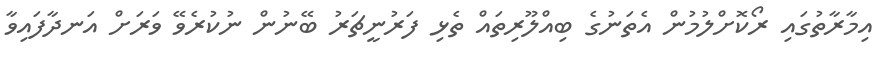
އިމާރާތުގައި ރޯކޮށްލުމުން އެތަނުގެ ބިއްލޫރިތައް ތެޅި ފަރުނީޗަރު ބޭނުން ނުކުރެވޭ ވަރަށް އަނދާފައިވާ